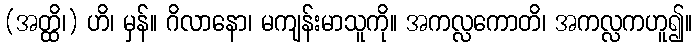
(အတ္ထိ၊) ဟိ၊ မှန်။ ဂိလာနော၊ မကျန်းမာသူကို။ အကလ္လကောတိ၊ အကလ္လကဟူ၍။